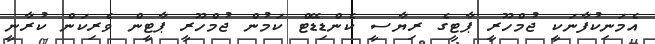
އެމަނިކުފާނަކީ ޖުމްހޫރީ ޕާޓީގެ ރިޔާސީ ކެންޑިޑޭޓް ކަމުން ޖުމްހޫރީ ޕާޓީން ވެރިކަން ކުރާނީ